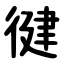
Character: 徤